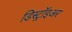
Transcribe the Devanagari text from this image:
डिस्ट्रॉइअर